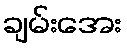
ချမ်းအေး